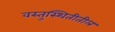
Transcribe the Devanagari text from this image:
वस्तुस्थितीतील